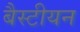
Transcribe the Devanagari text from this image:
बैस्टीयन